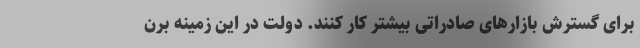
برای گسترش بازارهای صادراتی بیشتر کار کنند. دولت در این زمینه برن